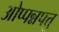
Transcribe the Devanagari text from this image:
ओप्पन्नपत्तु